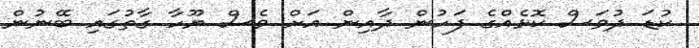
ކުޑަ ދުވަސް ކޮޅެއްގެ ފަހުން ދާއިން އަށް ވެސް ޔޫހާ ގާތުގައި ބޭނުން